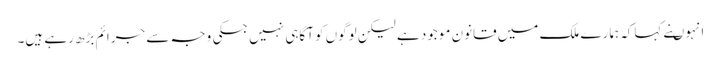
انہوںنے کہاکہ ہمارے ملک میں قانون موجود ہے لیکن لوگوں کو آگاہی نہیں جسکی وجہ سے جرائم بڑھ رہے ہیں۔